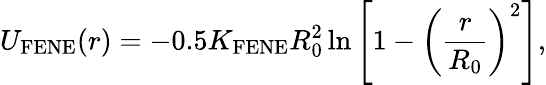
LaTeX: U_{\mathrm{FENE}}(r)=-0.5K_{\mathrm{FENE}}R_{\mathrm{0}}^{2}\ln\left[1-\left(\frac{r}{R_{\mathrm{0}}}\right)^{2}\right],